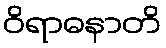
ဝိရာဓနာတိ